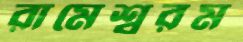
রামেশ্বরম